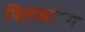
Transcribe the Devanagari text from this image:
फ्लिकरिंग